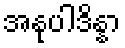
အနုပါဒိန္နာ